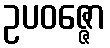
ဥပဝဇ္ဇော